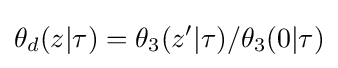
\theta _{d}(z|\tau )=\theta _{3}(z'|\tau )/\theta _{3}(0|\tau )